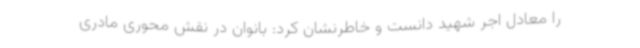
را معادل اجر شهید دانست و خاطرنشان کرد: بانوان در نقش محوری مادری